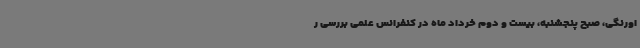
اورنگی، صبح پنجشنبه، بیست و دوم خرداد ماه در کنفرانس علمی بررسی ر